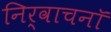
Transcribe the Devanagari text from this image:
निर्वाचनॉ